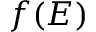
f ( E )